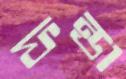
ফন্ডা